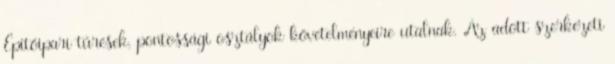
Építőipari tűrések, pontossági osztályok követelményeire utalnak. Az adott szerkezeti